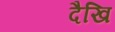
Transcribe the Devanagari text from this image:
दैखि